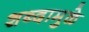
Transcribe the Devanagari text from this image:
शब्दामुळे